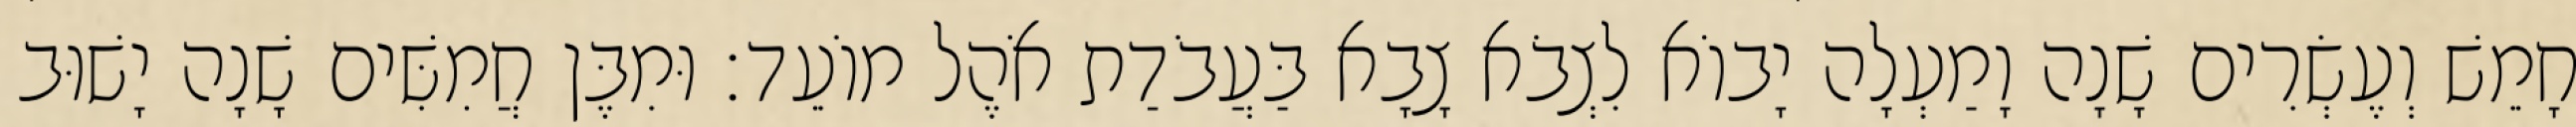
חָמֵשׁ וְעֶשְׂרִים שָׁנָה וָמַעְלָה יָבוֹא לִצְבֹא צָבָא בַּעֲבֹדַת אֹהֶל מוֹעֵד׃ וּמִבֶּן חֲמִשִּׁים שָׁנָה יָשׁוּב